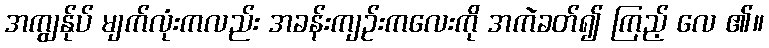
အကျွန်ုပ် မျက်လုံးကလည်း အခန်းကျဉ်းကလေးကို အကဲခတ်၍ ကြည့် လေ ၏။